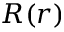
R ( r )